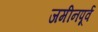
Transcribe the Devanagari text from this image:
जमीनपूर्व